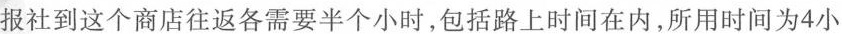
报社到这个商店往返各需要半个小时，包括路上时间在内，所用时间为4小